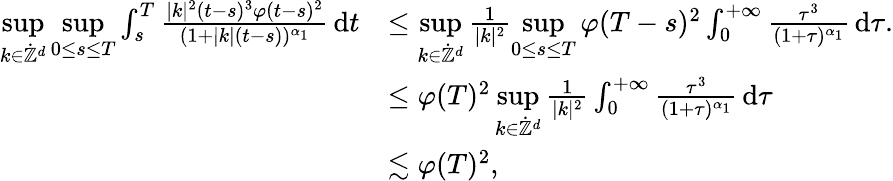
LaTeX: \begin{array}{rl}{\underset{k\in\dot{\mathbb Z}^{d}}{\operatorname*{sup}}\underset{0\leq s\leq T}{\operatorname*{sup}}\int_{s}^{T}\frac{\vert k\vert^{2}(t-s)^{3}\varphi(t-s)^{2}}{(1+\vert k\vert(t-s))^{\alpha_{1}}}\, \mathrm{d}t}&{\leq\underset{k\in\dot{\mathbb Z}^{d}}{\operatorname*{sup}}\frac{1}{\vert k\vert^{2}}\underset{0\leq s\leq T}{\operatorname*{sup}}\varphi(T-s)^{2}\int_{0}^{+\infty}\frac{\tau^{3}}{(1+\tau)^{\alpha_{1}}}\, \mathrm{d}\tau.}\\ &{\leq\varphi(T)^{2}\underset{k\in\dot{\mathbb Z}^{d}}{\operatorname*{sup}}\frac{1}{\vert k\vert^{2}}\int_{0}^{+\infty}\frac{\tau^{3}}{(1+\tau)^{\alpha_{1}}}\, \mathrm{d}\tau}\\ &{\lesssim\varphi(T)^{2},}\end{array}